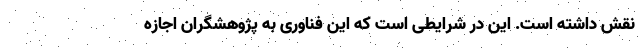
نقش داشته است. این در شرایطی است که این فناوری به پژوهشگران اجازه